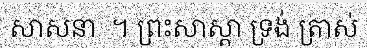
សាសនា  ។ ព្រះសាស្តា ទ្រង់ ត្រាស់